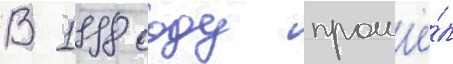
В 1998 году прошё́л